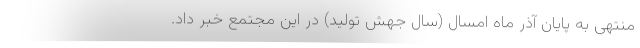
منتهی به پایان آذر ماه امسال (سال جهش تولید) در این مجتمع خبر داد.